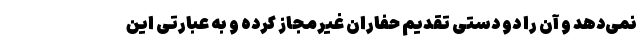
نمی‌دهد و آن را دو دستی تقدیم حفاران غیرمجاز کرده و به عبارتی این